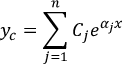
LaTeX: y _ { c } = \sum _ { j = 1 } ^ { n } C _ { j } e ^ { \alpha _ { j } x } \,